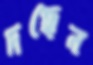
দগ্ধেন